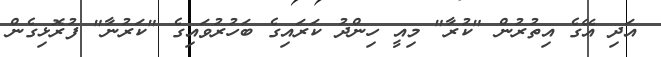
އަދި އޭގެ އިތުރުން "ކުރާ" މިއީ ހިންދު ކަރައިގެ ބަހުރުވައިގެ "ކަރުނާ" ފުރޮޅިގެން